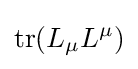
\operatorname {tr} (L_{\mu }L^{\mu })